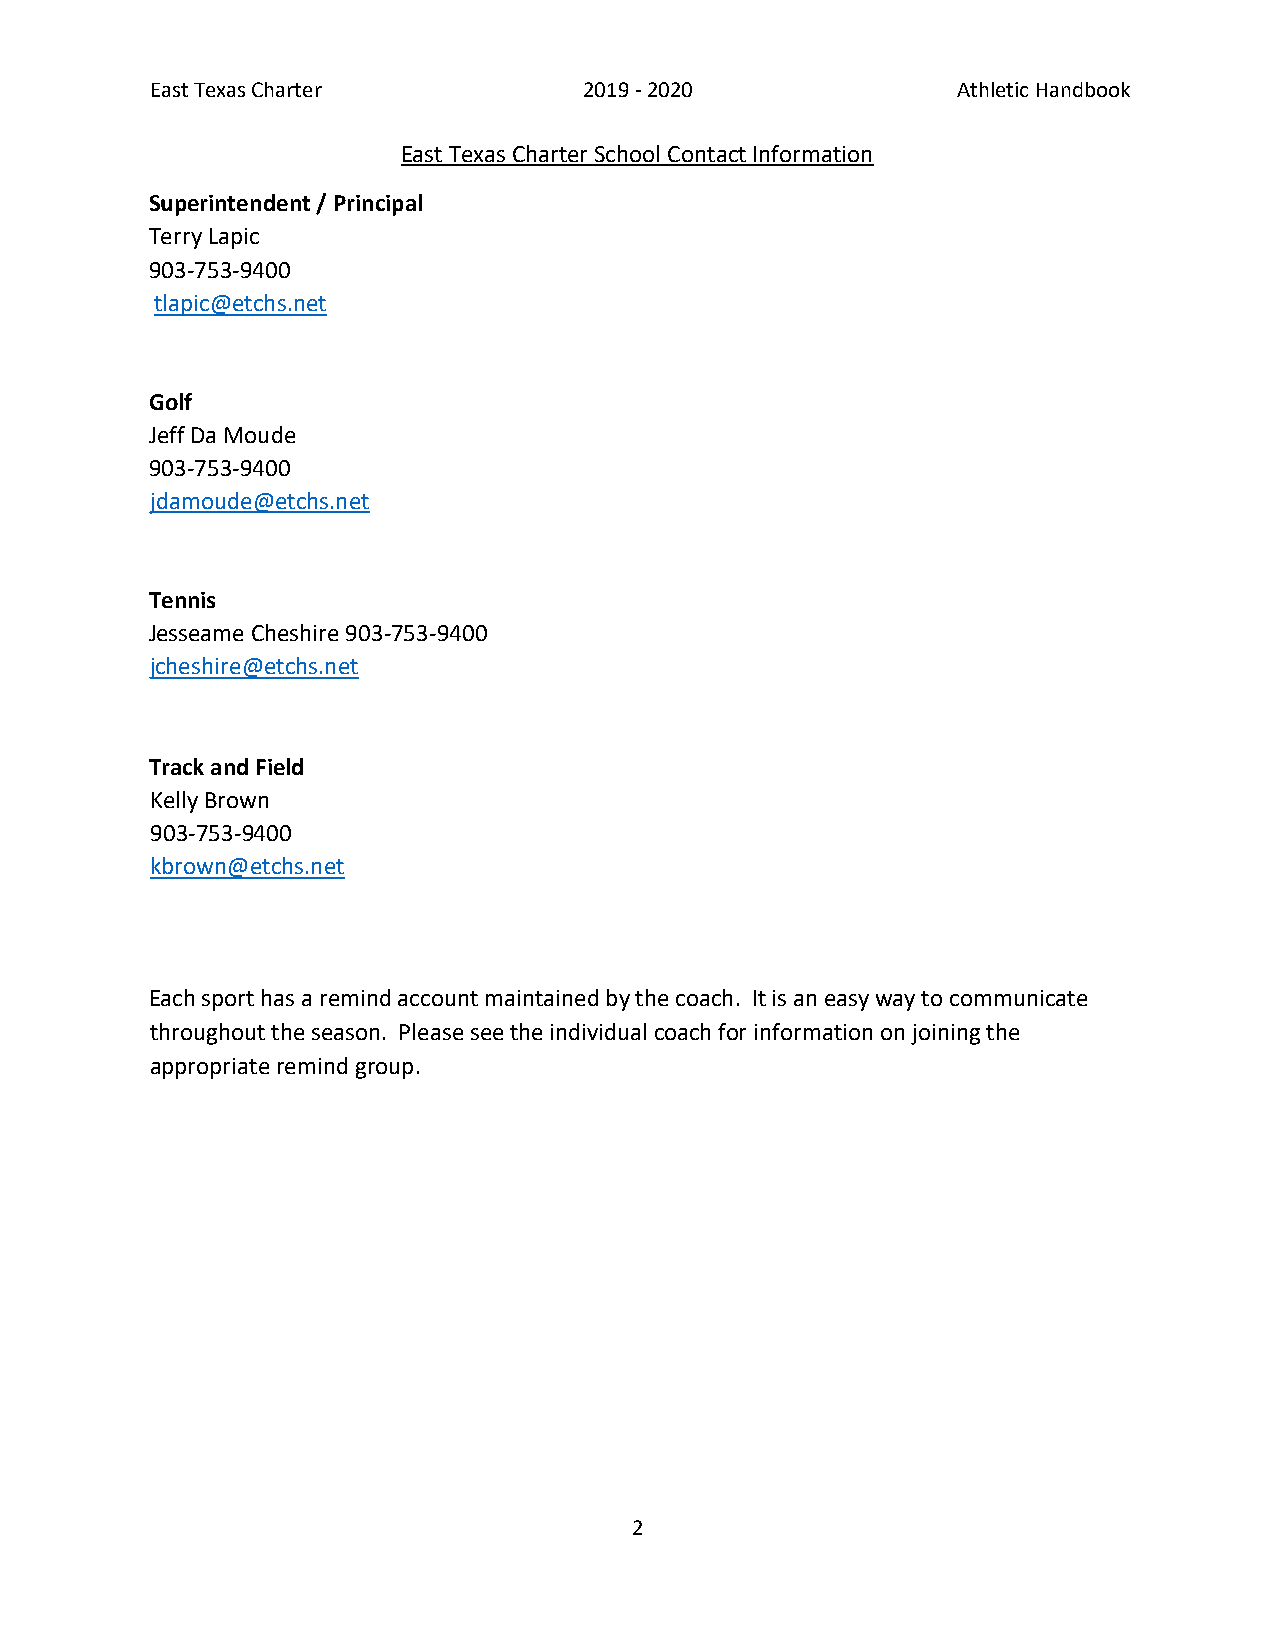
East Texas Charter           2019 - 2020             Athletic Handbook
 East Texas Charter School Contact Information
 Superintendent / Principal
 Terry Lapic
 903-753-9400
 tlapic@etchs.net
 Golf
 Jeff Da Moude
 903-753-9400
 jdamoude@etchs.net
 Tennis
 Jesseame Cheshire 903-753-9400
 jcheshire@etchs.net
 Track and Field
 Kelly Brown
 903-753-9400
 kbrown@etchs.net
 Each sport has a remind account maintained by the coach. It is an easy way to communicate
 throughout the season. Please see the individual coach for information on joining the
 appropriate remind group.
 2